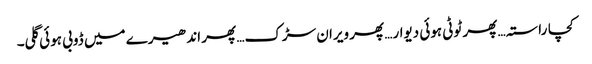
کچا راستہ… پھر ٹوٹی ہوئی دیوار… پھر ویران سڑک… پھر اندھیرے میں ڈوبی ہوئی گلی۔